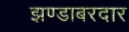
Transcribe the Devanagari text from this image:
झण्डाबरदार